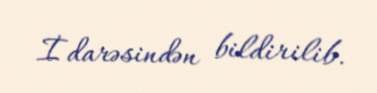
İdarəsindən bildirilib.